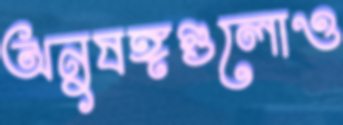
অনুষঙ্গগুলোও